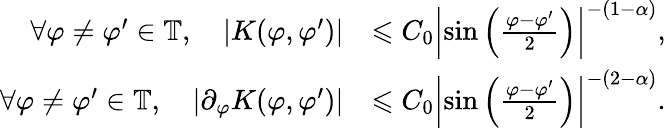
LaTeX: \begin{array}{rl}{\forall\varphi\neq\varphi^{\prime}\in\mathbb{T},\quad|K(\varphi,\varphi^{\prime})|}&{\leqslant C_{0}\left|\sin\left(\frac{\varphi-\varphi^{\prime}}{2}\right)\right|^{-(1-\alpha)},}\\ {\forall\varphi\neq\varphi^{\prime}\in\mathbb{T},\quad|\partial_{\varphi}K(\varphi,\varphi^{\prime})|}&{\leqslant C_{0}\left|\sin\left(\frac{\varphi-\varphi^{\prime}}{2}\right)\right|^{-(2-\alpha)}.}\end{array}